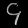
Digit: ၄